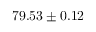
7 9 . 5 3 \pm 0 . 1 2